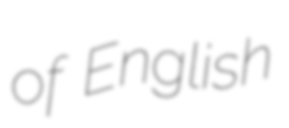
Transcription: of English